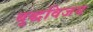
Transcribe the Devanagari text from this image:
बुद्धविजय